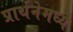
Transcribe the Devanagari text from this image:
प्रार्थनेमध्ये